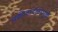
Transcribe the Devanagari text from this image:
चक्रीवादळांमुळे